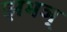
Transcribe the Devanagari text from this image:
झभञ्